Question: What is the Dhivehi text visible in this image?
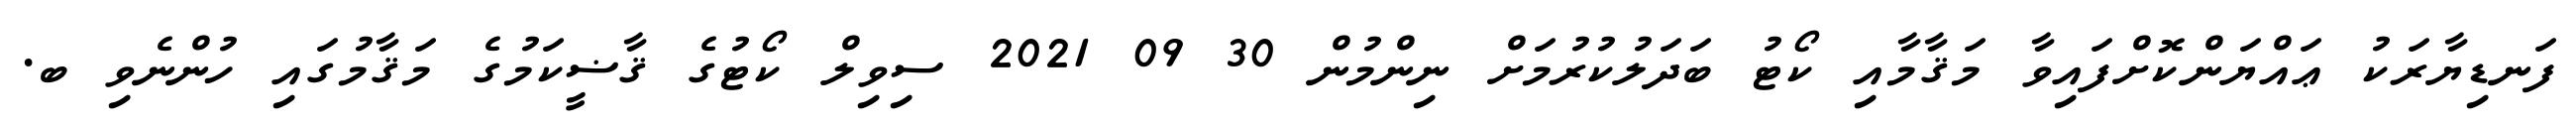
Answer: ފަނޑިޔާރަކު ޢައްޔަންކޮށްފައިވާ މަޤާމާއި ކޯޓު ބަދަލުކުރުމަށް ނިންމުން 30 09 2021 ސިވިލް ކޯޓުގެ ޤާޟީކަމުގެ މަޤާމުގައި ހުންނެވި ބ.